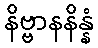
နိဗ္ဗာနနိန္နံ